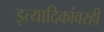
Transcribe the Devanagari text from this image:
इत्यादिकांवरही